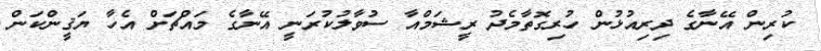
ކުރިން އޭނާގެ ދިރިއުޅުން ހުރިގޮތާމެދު ރީޝަމްއާ ސުވާލުކުރަނީ އޭނާގެ މައްޗަށް އެހާ ޔަޤީންކަން